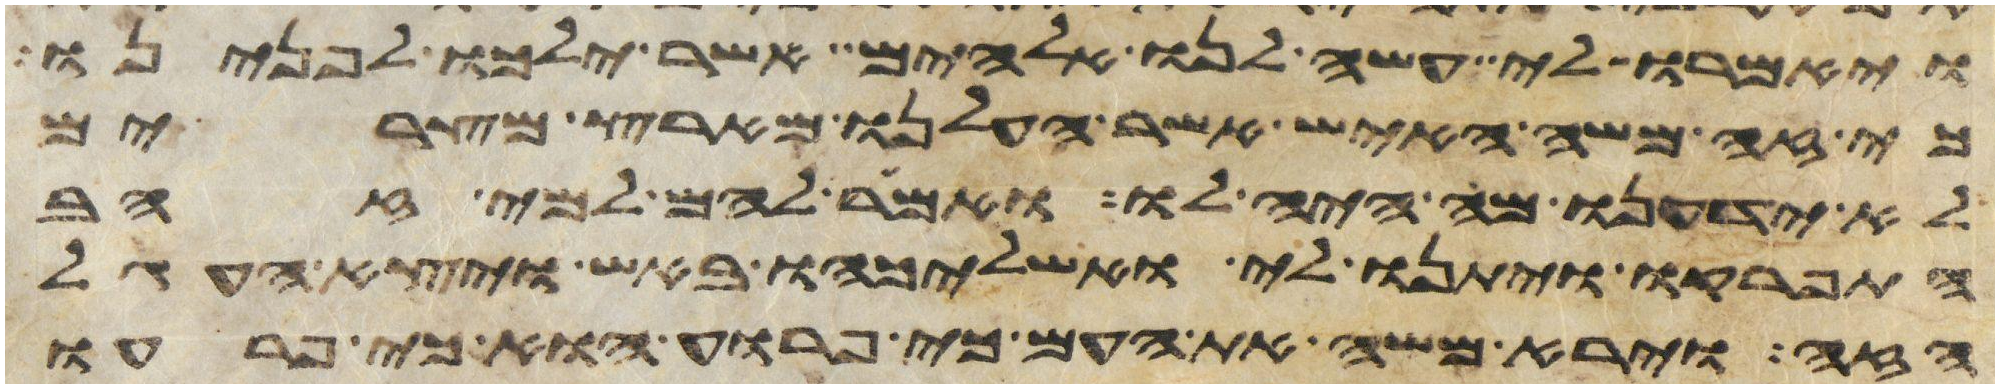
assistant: ויאמרו לי עשה לנו אלהים אשר ילכו לפנינו
כי זה משה האיש אשר העלנו מארץ מצרים
לא ידענו מה היה לו ואמר להם למי זהב
התפרקו ויתנו לי ואשליכהו באש ויצא העגל
הזה וירא משה את העם כי פרוע הוא כי פרעו